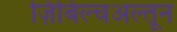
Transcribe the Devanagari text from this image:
ज़िबिल्चअल्तून